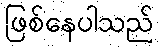
ဖြစ်နေပါသည်